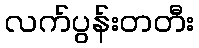
လက်ပွန်းတတီး